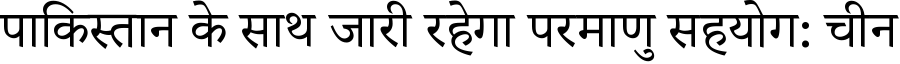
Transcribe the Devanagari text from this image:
पाकिस्तान के साथ जारी रहेगा परमाणु सहयोग: चीन